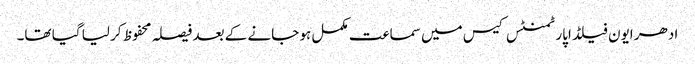
ادھر ایون فیلڈ اپارٹمنٹس کیس میں سماعت مکمل ہو جانے کے بعد فیصلہ محفوظ کر لیا گیا تھا۔